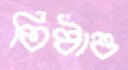
তিষ্ঠাও